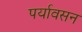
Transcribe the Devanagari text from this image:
पर्यावसन